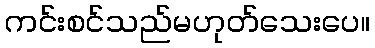
ကင်းစင်သည်မဟုတ်သေးပေ။